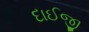
દાઈજી